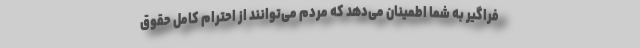
فراگیر به شما اطمینان می‌دهد که مردم می‌توانند از احترام کامل حقوق